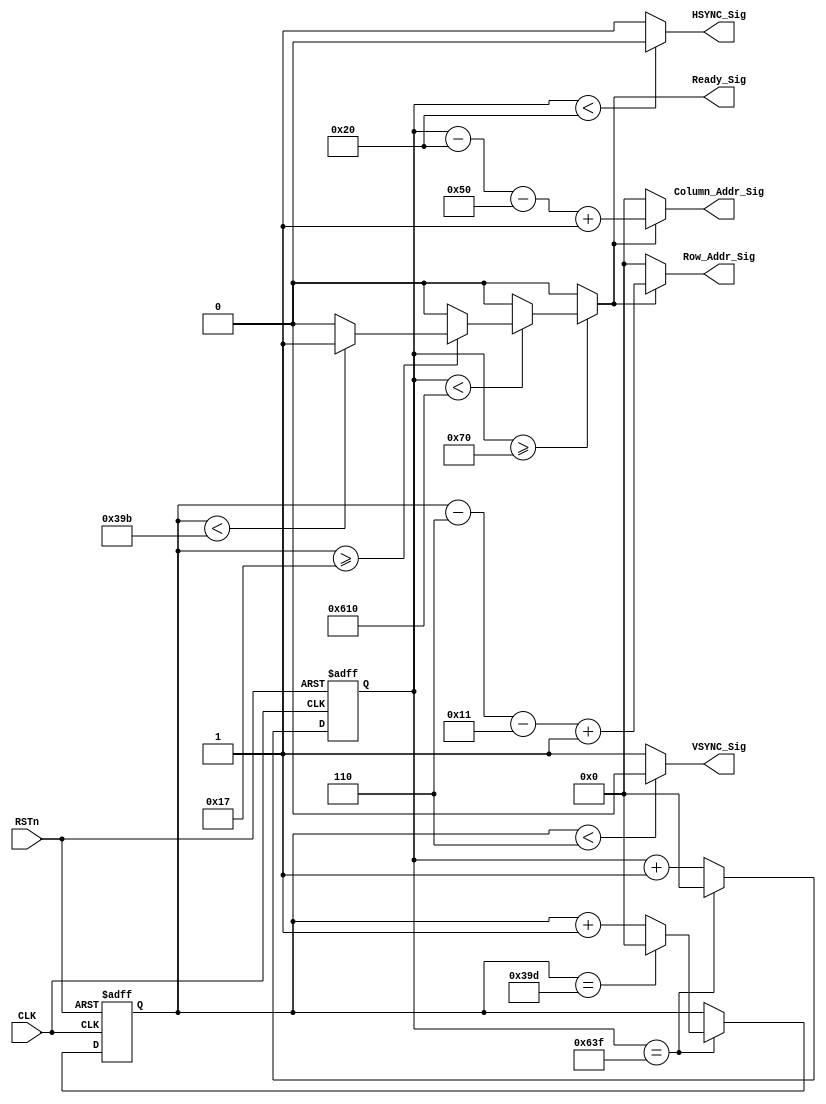



module sync_module
(
    CLK, RSTn,
	 VSYNC_Sig, HSYNC_Sig, Ready_Sig,
	 Column_Addr_Sig, Row_Addr_Sig
);

	input CLK;
	input RSTn;
	output VSYNC_Sig;
	output HSYNC_Sig;
	output Ready_Sig;
	output [10:0]Column_Addr_Sig;
	output [10:0]Row_Addr_Sig;
	 
	/********************************/
	 



	 
	reg [10:0]Count_H;
//  resolution 1440*900   frequence 60Hz
//	   clk_fre = 90MHz

parameter H_SYN 		= 32;
parameter H_BKPORCH 	= 80;
parameter H_DATA 		= 1440;
parameter H_FTPORCH		= 48;
parameter H_TOTAL    	= 1600;


parameter V_SYN 		= 6;
parameter V_BKPORCH 	= 17;
parameter V_DATA 		= 900;
parameter V_FTPORCH		= 3;
parameter V_TOTAL    	= 926 ;

//   resolution 640*480   frequence 60Hz
//	   clk_fre = 25.175MHz
//parameter H_SYN 		= 96;
//parameter H_BKPORCH 	= 48;
//parameter H_DATA 		= 640;
//parameter H_FTPORCH		= 16;
//parameter H_TOTAL    	= 800;
//
//
//parameter V_SYN 		= 2;
//parameter V_BKPORCH 	= 33;
//parameter V_DATA 		= 480;
//parameter V_FTPORCH		= 10;
//parameter V_TOTAL    	= 525;
//   resolution 800*600   frequence 60Hz
//	   clk_fre = 40MHz
//parameter H_SYN 		= 128;
//parameter H_BKPORCH 	= 88;
//parameter H_DATA 		= 800;
//parameter H_FTPORCH		= 40;
//parameter H_TOTAL    	= 1056;
//
//
//parameter V_SYN 		= 4;
//parameter V_BKPORCH 	= 23;
//parameter V_DATA 		= 600;
//parameter V_FTPORCH		= 1;
//parameter V_TOTAL    	= 625;
	 
	 
	 
	 
	 
	 
	 always @ ( posedge CLK or negedge RSTn )
	     if( !RSTn )
				 Count_H <= 11'd0;
			else if( Count_H == H_TOTAL - 1)
			    Count_H <= 11'd0;
			else 
			    Count_H <= Count_H + 1'b1;
    
	 /********************************/
	 
	 reg [10:0]Count_V;
		 
	always @ ( posedge CLK or negedge RSTn )
	if( !RSTn )
		Count_V <= 11'd0;
	else if( Count_H == H_TOTAL - 1) begin
		Count_V <= Count_V + 1'b1;
		if( Count_V == V_TOTAL - 1) begin
			Count_V <= 11'd0;
		end
	end
	 /********************************/
	 
//	 reg isReady;
	 
/* 	 always @ ( posedge CLK or negedge RSTn )
	     if( !RSTn )
		      isReady <= 1'b0;
        else if( ( Count_H >= H_SYN + H_BKPORCH - 1 && Count_H < H_SYN + H_BKPORCH + H_DATA ) && 
			        ( Count_V >= V_SYN + V_BKPORCH - 1 && Count_V < V_SYN + V_BKPORCH + V_DATA ) )
		      isReady <= 1'b1;
		  else
		      isReady <= 1'b0; */
		    
	 /*********************************/
	 
	 assign VSYNC_Sig = ( Count_V < V_SYN ) ? 1'b0 : 1'b1;
	 assign HSYNC_Sig = ( Count_H < H_SYN ) ? 1'b0 : 1'b1;
	 assign Ready_Sig = (Count_H >= H_SYN + H_BKPORCH)	 ?		
						(Count_H < H_SYN + H_BKPORCH + H_DATA) ? 	
						(Count_V >= V_SYN + V_BKPORCH) ?					
						(Count_V < V_SYN + V_BKPORCH + V_DATA) ? 1 : 0 : 0 : 0 :0;
	                       
	 
	 /********************************/
	 
	 assign Column_Addr_Sig = Ready_Sig ? Count_H - H_SYN - H_BKPORCH + 1: 11'd0;    // Count from 0;
	 assign Row_Addr_Sig = Ready_Sig ? Count_V - V_SYN - V_BKPORCH + 1 : 11'd0; 		 // Count from 0;
	
	 /********************************/
	 
endmodule